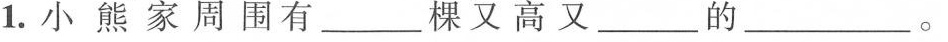
1.小熊家周围有___棵又高又___的___。